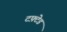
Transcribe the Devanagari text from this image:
टफ़्टेड